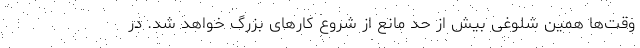
وقت‌ها همین شلوغی بیش از حد مانع از شروع کارهای بزرگ خواهد شد. در